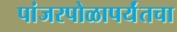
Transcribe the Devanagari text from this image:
पांजरपोळापर्यंतचा